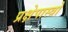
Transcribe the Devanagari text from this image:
प्रक्षेपास्त्रो